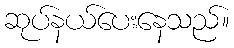
ဆုပ်နယ်ပေးနေသည်။